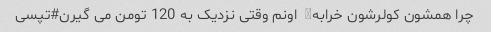
چرا همشون کولرشون خرابه♂  اونم وقتی نزدیک به 120 تومن می گیرن#تپسی